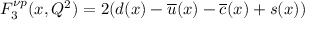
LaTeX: F _ { 3 } ^ { \nu p } ( x , Q ^ { 2 } ) = 2 ( d ( x ) - \overline { { { u } } } ( x ) - \overline { { { c } } } ( x ) + s ( x ) )